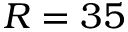
R = 3 5